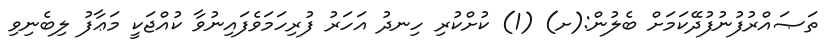
ތަޞައްރުފުނުފުދޭކަމަށް ބެލުން:(ށ) (1) ކުށްކުރި ހިނދު އަހަރު ފުރިހަމަވެފައިނުވާ ކުއްޖަކީ މަޢާފު ލިބެނިވި